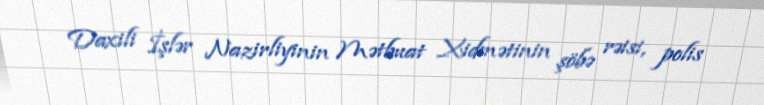
Daxili İşlər Nazirliyinin Mətbuat Xidmətinin şöbə rəisi, polis